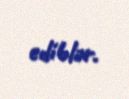
ediblər.